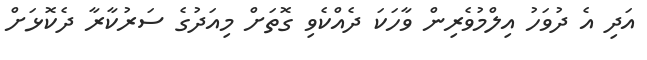
އަދި އެ ދުވަހު އިލްމުވެރިން ވާހަކަ ދެއްކެވި ގޮތަށް މިއަދުގެ ސަރުކާރާ ދެކޮޅަށް